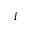
i